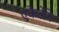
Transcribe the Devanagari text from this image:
एकेडेमि